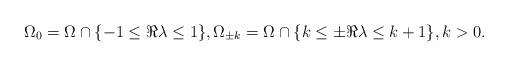
LaTeX: \begin{align*} \Omega_0=\Omega\cap\{-1\leq\Re\lambda\leq 1 \},\Omega_{\pm k}=\Omega\cap\{k\leq \pm\Re\lambda\leq k+1\},k>0.\end{align*}